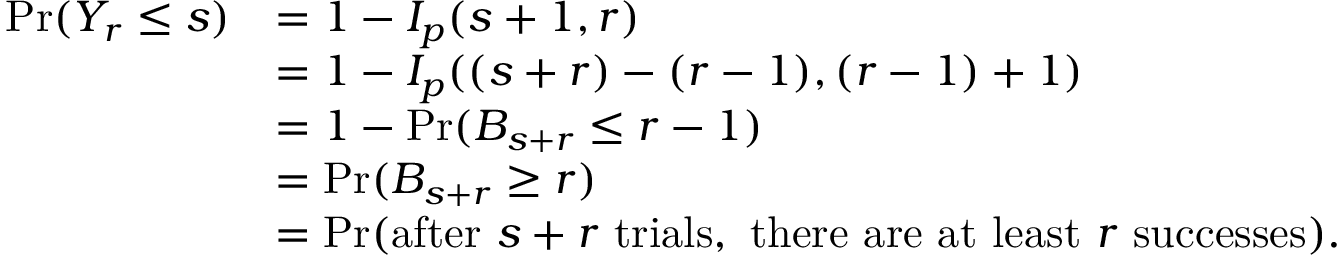
{ \begin{array} { r l } { \operatorname* { P r } ( Y _ { r } \leq s ) } & { = 1 - I _ { p } ( s + 1 , r ) } \\ & { = 1 - I _ { p } ( ( s + r ) - ( r - 1 ) , ( r - 1 ) + 1 ) } \\ & { = 1 - \operatorname* { P r } ( B _ { s + r } \leq r - 1 ) } \\ & { = \operatorname* { P r } ( B _ { s + r } \geq r ) } \\ & { = \operatorname* { P r } ( { \mathrm { a f t e r ~ } } s + r { \mathrm { ~ t r i a l s , ~ t h e r e ~ a r e ~ a t ~ l e a s t ~ } } r { \mathrm { ~ s u c c e s s e s } } ) . } \end{array} }